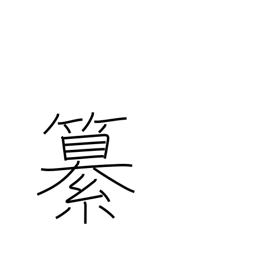
Meaning: editing